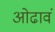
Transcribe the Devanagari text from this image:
ओढावं